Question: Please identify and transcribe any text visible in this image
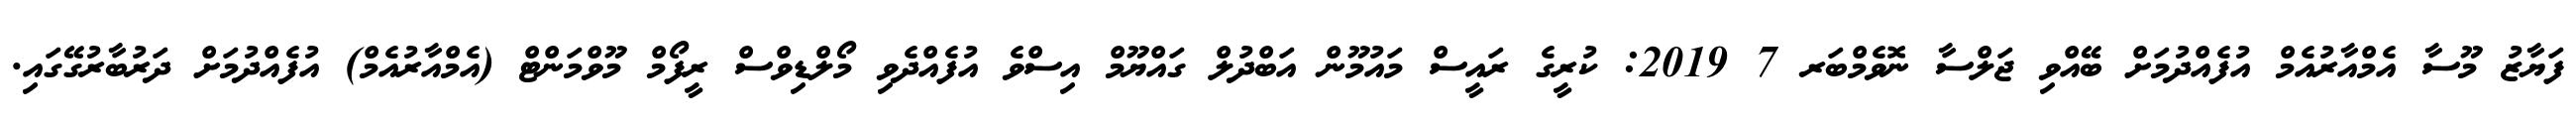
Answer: ފަޔާޒު މޫސާ އެމްއާރުއެމް އުފެއްދުމަށް ބޭއްވި ޖަލްސާ ނޮވެމްބަރ 7 2019: ކުރީގެ ރައީސް މައުމޫން އަބްދުލް ގައްޔޫމް އިސްވެ އުފެއްދެވި މޯލްޑިވްސް ރީފޯމް މޫވްމަންޓް (އެމްއާރުއެމް) އުފެއްދުމަށް ދަރުބާރުގޭގައި.